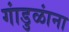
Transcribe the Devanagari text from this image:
गांडुळांना